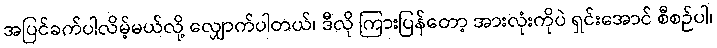
အပြင်ခက်ပါလိမ့်မယ်လို့ လျှောက်ပါတယ်၊ ဒီလို ကြားပြန်တော့ အားလုံးကိုပဲ ရှင်းအောင် စီစဉ်ပါ၊